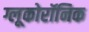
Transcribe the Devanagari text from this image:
ग्लूकोरॉनिक